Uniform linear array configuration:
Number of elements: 48
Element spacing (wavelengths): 0.25
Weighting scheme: binomial
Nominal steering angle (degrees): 30
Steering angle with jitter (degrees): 30.176
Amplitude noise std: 0.05
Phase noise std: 0.05

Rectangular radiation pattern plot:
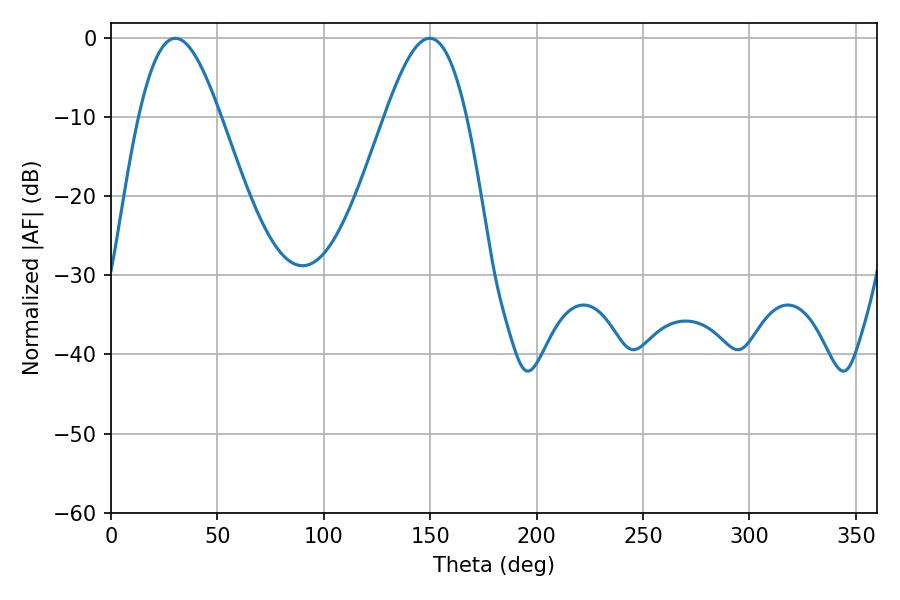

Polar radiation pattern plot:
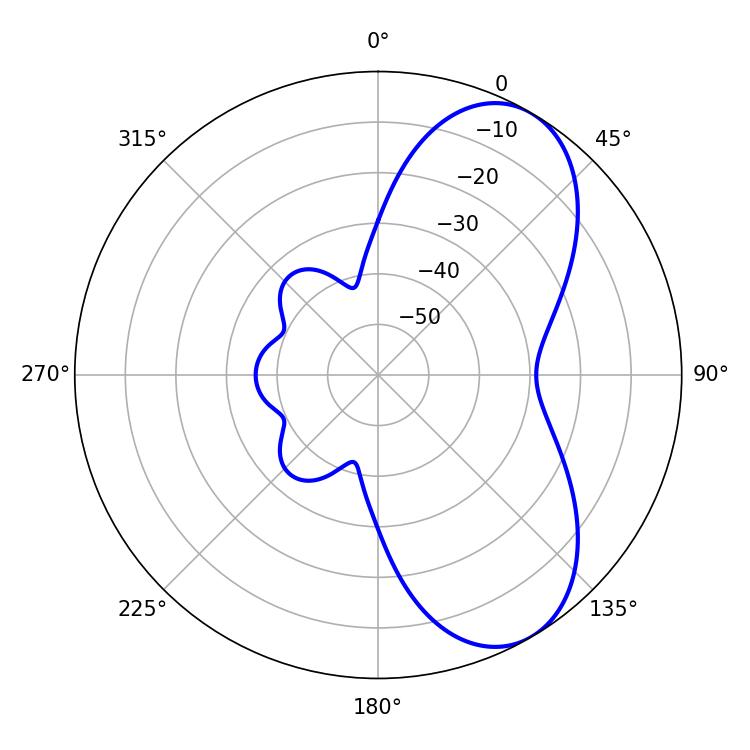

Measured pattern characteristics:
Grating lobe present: FALSE
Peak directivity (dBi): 6.888
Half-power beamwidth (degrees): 20.7
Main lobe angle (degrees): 30.24